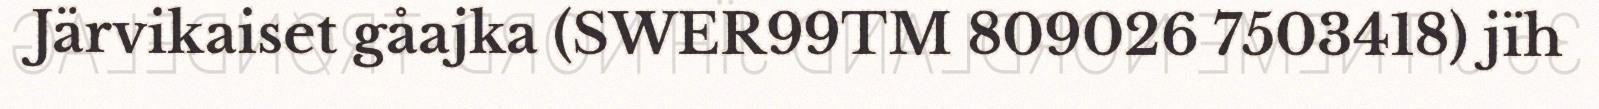
Järvikaiset gåajka (SWER99TM 809026 7503418) jïh